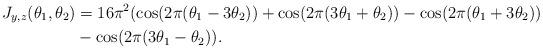
LaTeX: \begin{align*} J_{y,z} (\theta_1,\theta_2) & = 16 \pi^2 (\cos(2 \pi (\theta_1 -3\theta_2)) + \cos(2 \pi (3\theta_1 + \theta_2)) - \cos(2 \pi (\theta_1 + 3\theta_2)) \\& - \cos(2 \pi (3\theta_1 - \theta_2)).\end{align*}